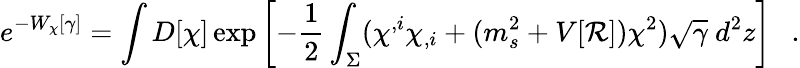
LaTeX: e^{-W_{\chi}[\gamma]}=\int D[\chi]\exp\left[-\frac 12\int_{\Sigma}(\chi^{,i}\chi_{,i}+(m_{s}^{2}+V[{\cal R}])\chi^{2})\sqrt{\gamma}~d^{2}z\right]~~~.